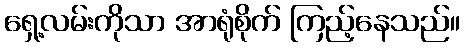
ရှေ့လမ်းကိုသာ အာရုံစိုက် ကြည့်နေသည်။